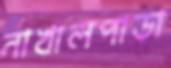
নাখালপাড়া